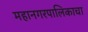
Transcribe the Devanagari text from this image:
महानगरपालिकाचा